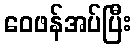
ဝေဖန်အပ်ပြီး